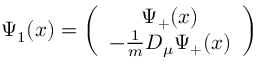
\Psi _ { 1 } ( x ) = \left( \begin{array} { c } { { \Psi _ { + } ( x ) } } \\ { { - \frac 1 m D _ { \mu } \Psi _ { + } ( x ) } } \end{array} \right)